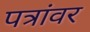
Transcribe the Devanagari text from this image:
पत्रांवर